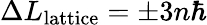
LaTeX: \Delta L_{\mathrm{lattice}}=\pm 3n\hbar